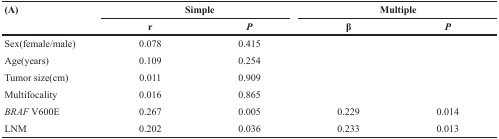
<table><thead><tr><td rowspan="2"><b>(A)</b></td><td colspan="2"><b>Simple</b></td><td colspan="2"><b>Multiple</b></td></tr><tr><td><b>r</b></td><td><b><i>P</i></b></td><td><b>β</b></td><td><b><i>P</i></b></td></tr></thead><tbody><tr><td>Sex(female/male)</td><td>0.078</td><td>0.415</td><td></td><td></td></tr><tr><td>Age(years)</td><td>0.109</td><td>0.254</td><td></td><td></td></tr><tr><td>Tumor size(cm)</td><td>0.011</td><td>0.909</td><td></td><td></td></tr><tr><td>Multifocality</td><td>0.016</td><td>0.865</td><td></td><td></td></tr><tr><td><i>BRAF</i> V600E</td><td>0.267</td><td>0.005</td><td>0.229</td><td>0.014</td></tr><tr><td>LNM</td><td>0.202</td><td>0.036</td><td>0.233</td><td>0.013</td></tr></tbody></table>